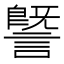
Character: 𧫜